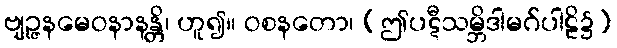
ဗျဉ္ဇနမေဝနာနန္တိ၊ ဟူ၍။ ဝစနတော၊ (ဤပဋီသမ္ဘိဒါမဂ်ပါဠိ၌)